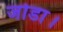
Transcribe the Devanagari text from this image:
जोडा।